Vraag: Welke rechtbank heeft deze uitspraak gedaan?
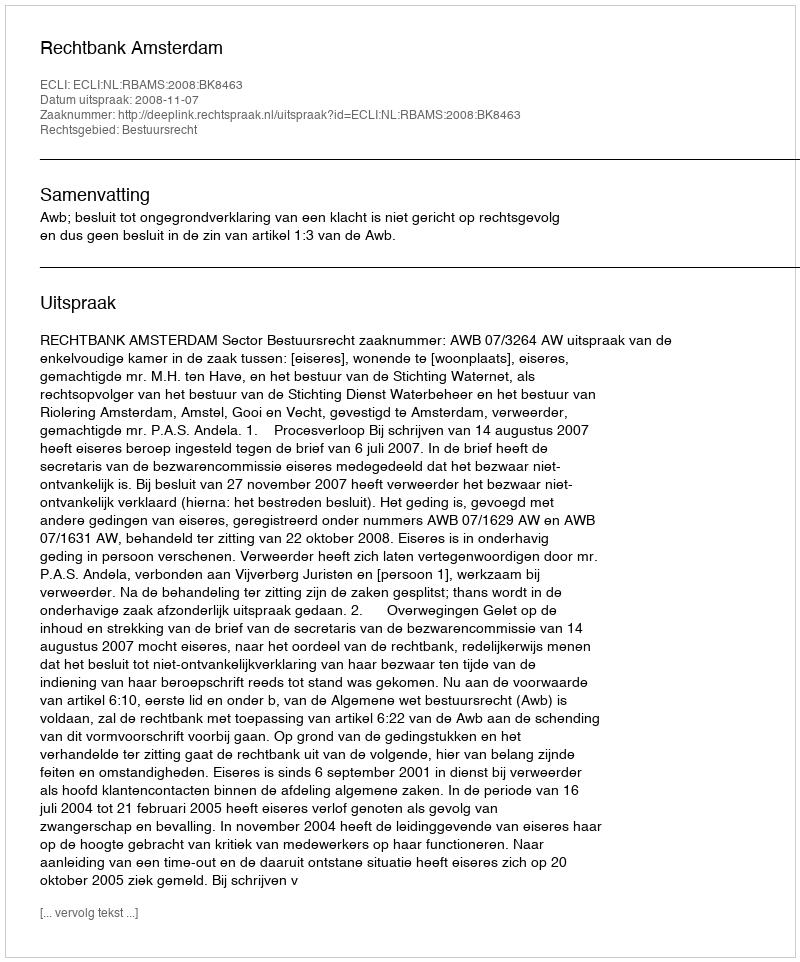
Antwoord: Rechtbank Amsterdam